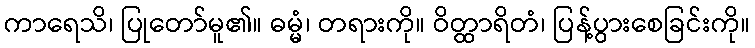
ကာရေသိ၊ ပြုတော်မူ၏။ ဓမ္မံ၊ တရားကို။ ဝိတ္ထာရိတံ၊ ပြန့်ပွားစေခြင်းကို။